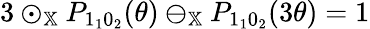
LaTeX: \begin{array}{r}{3\odot_{\mathbb{X}}P_{1_{1}0_{2}}(\theta)\ominus_{\mathbb{X}}P_{1_{1}0_{2}}(3\theta)=1}\end{array}